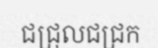
ជជ្រុលជជ្រក